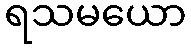
ရသမယော